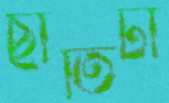
ছাতিটা